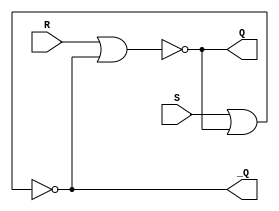
// Set-Reset latch

module SR_latch
(
  input S,	// Set
  input R,	// Reset
  output Q, _Q
);

nor  top(Q, R, _Q);
nor bottom(_Q, S, Q);

endmodule